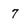
Character: 7